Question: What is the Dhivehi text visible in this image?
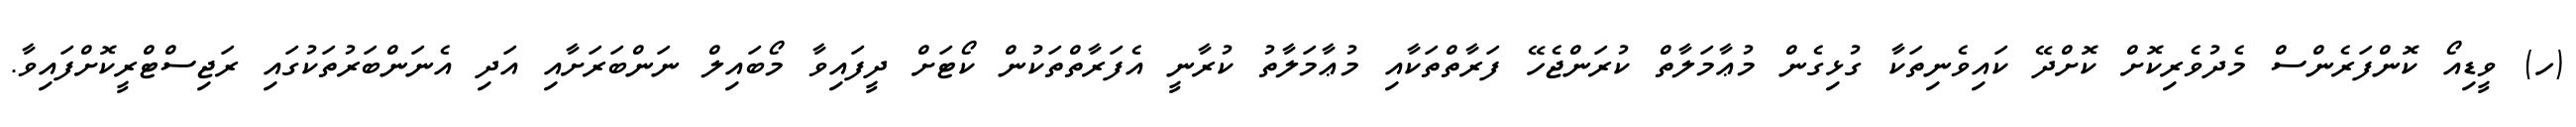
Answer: (ހ) ވީޑިއޯ ކޮންފަރެންސް މެދުވެރިކޮށް ކޮށްދޭ ކައިވެނިތަކާ ގުޅިގެން މުޢާމަލާތް ކުރަންޖެހޭ ފަރާތްތަކާއި މުޢާމަލާތު ކުރާނީ އެފަރާތްތަކުން ކޯޓަށް ދީފައިވާ މޯބައިލް ނަންބަރަށާއި އަދި އެނަންބަރުތަކުގައި ރަޖިސްޓްރީކޮށްފައިވާ.